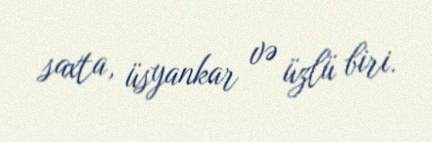
saxta, üsyankar və üzlü biri.